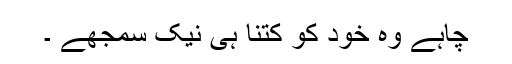
چاہے وہ خود کو کتنا ہی نیک سمجھے ۔